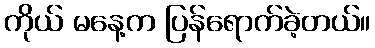
ကိုယ် မနေ့က ပြန်ရောက်ခဲ့တယ်။